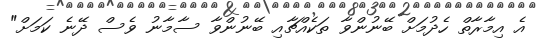
އެ އިމާރާތް ހެދުމަށް ބޭނުންވާ ތަކެއްޗާއި ބޭނުންވާ ސާމާނު ވެސް ދޭނެ ކަމަށް"